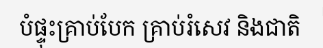
បំផ្ទុះគ្រាប់បែក គ្រាប់រំសេវ និងជាតិ